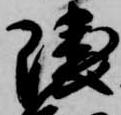
隈